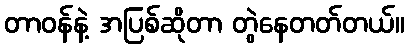
တာဝန်နဲ့ အပြစ်ဆိုတာ တွဲနေတတ်တယ်။